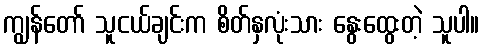
ကျွန်တော် သူငယ်ချင်းက စိတ်နှလုံးသား နွေးထွေးတဲ့ သူပါ။